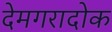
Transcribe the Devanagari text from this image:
देमगरादोक